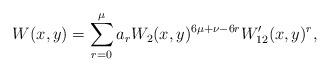
LaTeX: \begin{align*}W(x,y)=\sum_{r=0}^\mu a_r W_2(x,y)^{6\mu+\nu-6r} W'_{12}(x,y)^r,\end{align*}